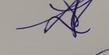
Signature authenticity: genuine